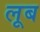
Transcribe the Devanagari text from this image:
लूब